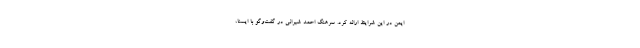
ایمن در این شرایط ارائه کرد. سرهنگ احمد شیرانی در گفت‌وگو با ایسنا،